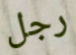
رجل